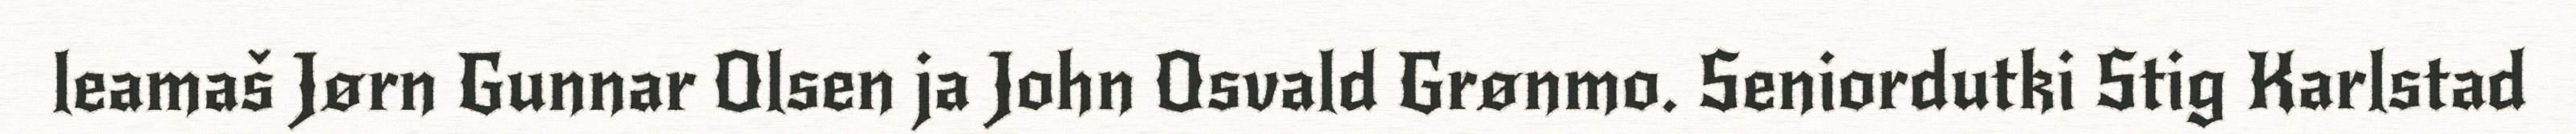
leamaš Jørn Gunnar Olsen ja John Osvald Grønmo. Seniordutki Stig Karlstad